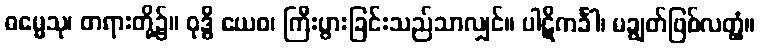
ဓမ္မေသု၊ တရားတို့၌။ ဝုဒ္ဓိ ယေဝ၊ ကြီးပွားခြင်းသည်သာလျှင်။ ပါဋိကင်္ခါ၊ မချွတ်ဖြစ်လတ္တံ့။